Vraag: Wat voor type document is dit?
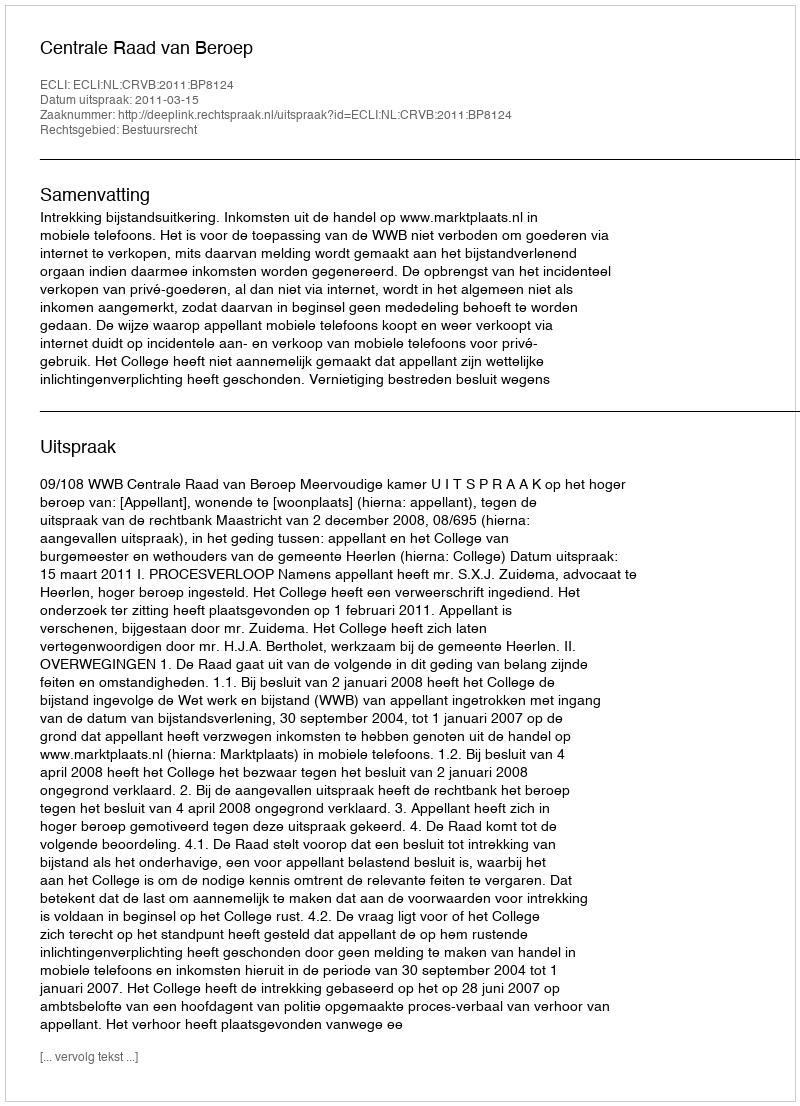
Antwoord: Uitspraak